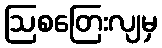
ဩစတြေးလျမှ